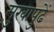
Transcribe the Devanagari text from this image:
मुखापुढें